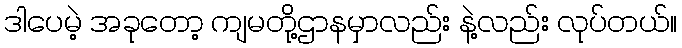
ဒါပေမဲ့ အခုတော့ ကျမတို့ဌာနမှာလည်း နဲ့လည်း လုပ်တယ်။